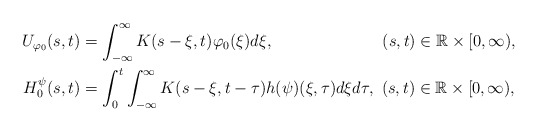
\begin{align*}U_{\varphi_0}(s,t)&=\int_{-\infty}^{\infty}K(s-\xi,t)\varphi_0(\xi)d\xi, ~~~~~~~~~~~~~~~~~~~~ (s,t)\in\mathbb R\times[0,\infty), \\H^{\psi}_0 (s,t)&=\int_0^t\int_{-\infty}^{\infty}K(s-\xi,t-\tau)h(\psi)(\xi,\tau) d\xi d\tau, ~ (s,t)\in\mathbb R\times[0,\infty), \end{align*}